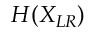
H ( X _ { L R } )